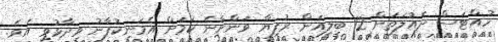
ހުއްޓަސް ދައުލަތަށް 12 ބިލިއަން ރުފިޔާ ވަންނާނެ ކަމަށް އެމަނިކުފާނު ވިދާޅުވި އެވެ.